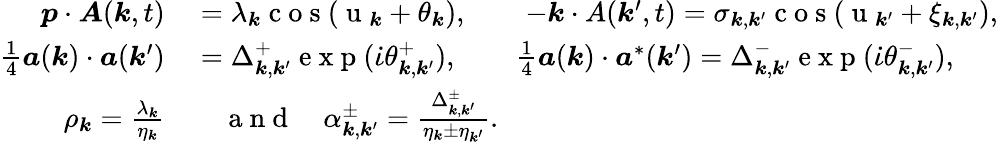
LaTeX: \begin{array}{rl}{\boldsymbol{p}\cdot\boldsymbol{A}(\boldsymbol{k},t)}&{{}=\lambda_{\boldsymbol{k}}\mathrm{~c~o~s~}(\mathrm{~u~}_{\boldsymbol{k}}+\theta_{\boldsymbol{k}}),\qquad-\boldsymbol{k}\cdot A(\boldsymbol{k}^{\prime},t)=\sigma_{\boldsymbol{k},\boldsymbol{k}^{\prime}}\mathrm{~c~o~s~}(\mathrm{~u~}_{\boldsymbol{k}^{\prime}}+\xi_{\boldsymbol{k},\boldsymbol{k}^{\prime}}),}\\ {\frac{1}{4}\boldsymbol{a}(\boldsymbol{k})\cdot\boldsymbol{a}(\boldsymbol{k}^{\prime})}&{{}=\Delta_{\boldsymbol{k},\boldsymbol{k}^{\prime}}^{+}\mathrm{~e~x~p~}(\dot{\iota}\theta_{\boldsymbol{k},\boldsymbol{k}^{\prime}}^{+}),\qquad\frac{1}{4}\boldsymbol{a}(\boldsymbol{k})\cdot\boldsymbol{a}^{*}(\boldsymbol{k}^{\prime})=\Delta_{\boldsymbol{k},\boldsymbol{k}^{\prime}}^{-}\mathrm{~e~x~p~}(\dot{\iota}\theta_{\boldsymbol{k},\boldsymbol{k}^{\prime}}^{-}),}\\ {\rho_{\boldsymbol{k}}=\frac{\lambda_{\boldsymbol{k}}}{\eta_{\boldsymbol{k}}}}&{{}\quad\mathrm{~a~n~d~}\quad\alpha_{\boldsymbol{k},\boldsymbol{k}^{\prime}}^{\pm}=\frac{\Delta_{\boldsymbol{k},\boldsymbol{k}^{\prime}}^{\pm}}{\eta_{\boldsymbol{k}}\pm\eta_{\boldsymbol{k}^{\prime}}}.}\end{array}